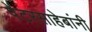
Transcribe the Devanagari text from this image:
पेंटरसाहेबांनी